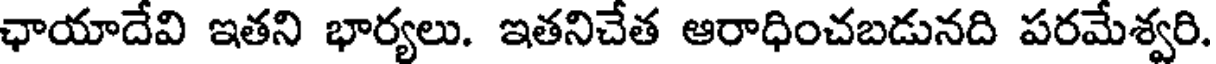
ఛాయాదేవి ఇతని భార్యలు. ఇతనిచేత ఆరాధించబడునది పరమేశ్వరి